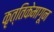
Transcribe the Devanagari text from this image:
कृत्तिकेमागून